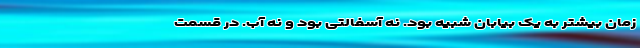
زمان بیشتر به یک بیابان شبیه بود. نه آسفالتی بود و نه آب. در قسمت